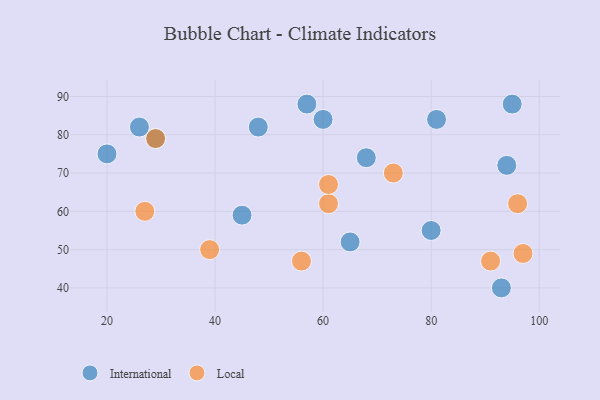
{"axis": {"x": "GDP", "y": "Life Expectancy"}, "legend": ["International", "Local"], "data": [{"x": "68", "y": 74, "type": "International"}, {"x": "29", "y": 79, "type": "International"}, {"x": "57", "y": 88, "type": "International"}, {"x": "81", "y": 84, "type": "International"}, {"x": "45", "y": 59, "type": "International"}, {"x": "95", "y": 88, "type": "International"}, {"x": "94", "y": 72, "type": "International"}, {"x": "93", "y": 40, "type": "International"}, {"x": "48", "y": 82, "type": "International"}, {"x": "65", "y": 52, "type": "International"}, {"x": "80", "y": 55, "type": "International"}, {"x": "20", "y": 75, "type": "International"}, {"x": "26", "y": 82, "type": "International"}, {"x": "60", "y": 84, "type": "International"}, {"x": "39", "y": 50, "type": "Local"}, {"x": "96", "y": 62, "type": "Local"}, {"x": "91", "y": 47, "type": "Local"}, {"x": "61", "y": 62, "type": "Local"}, {"x": "97", "y": 49, "type": "Local"}, {"x": "73", "y": 70, "type": "Local"}, {"x": "27", "y": 60, "type": "Local"}, {"x": "29", "y": 79, "type": "Local"}, {"x": "61", "y": 67, "type": "Local"}, {"x": "56", "y": 47, "type": "Local"}]}